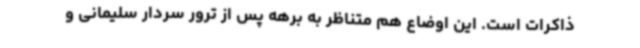
ذاکرات است. این اوضاع هم متناظر به برهه پس از ترور سردار سلیمانی و